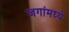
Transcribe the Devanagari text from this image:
जगांमध्ये